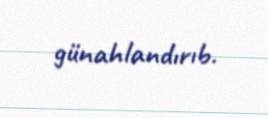
günahlandırıb.